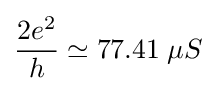
{\frac {2e^{2}}{h}}\simeq 77.41\;\mu S